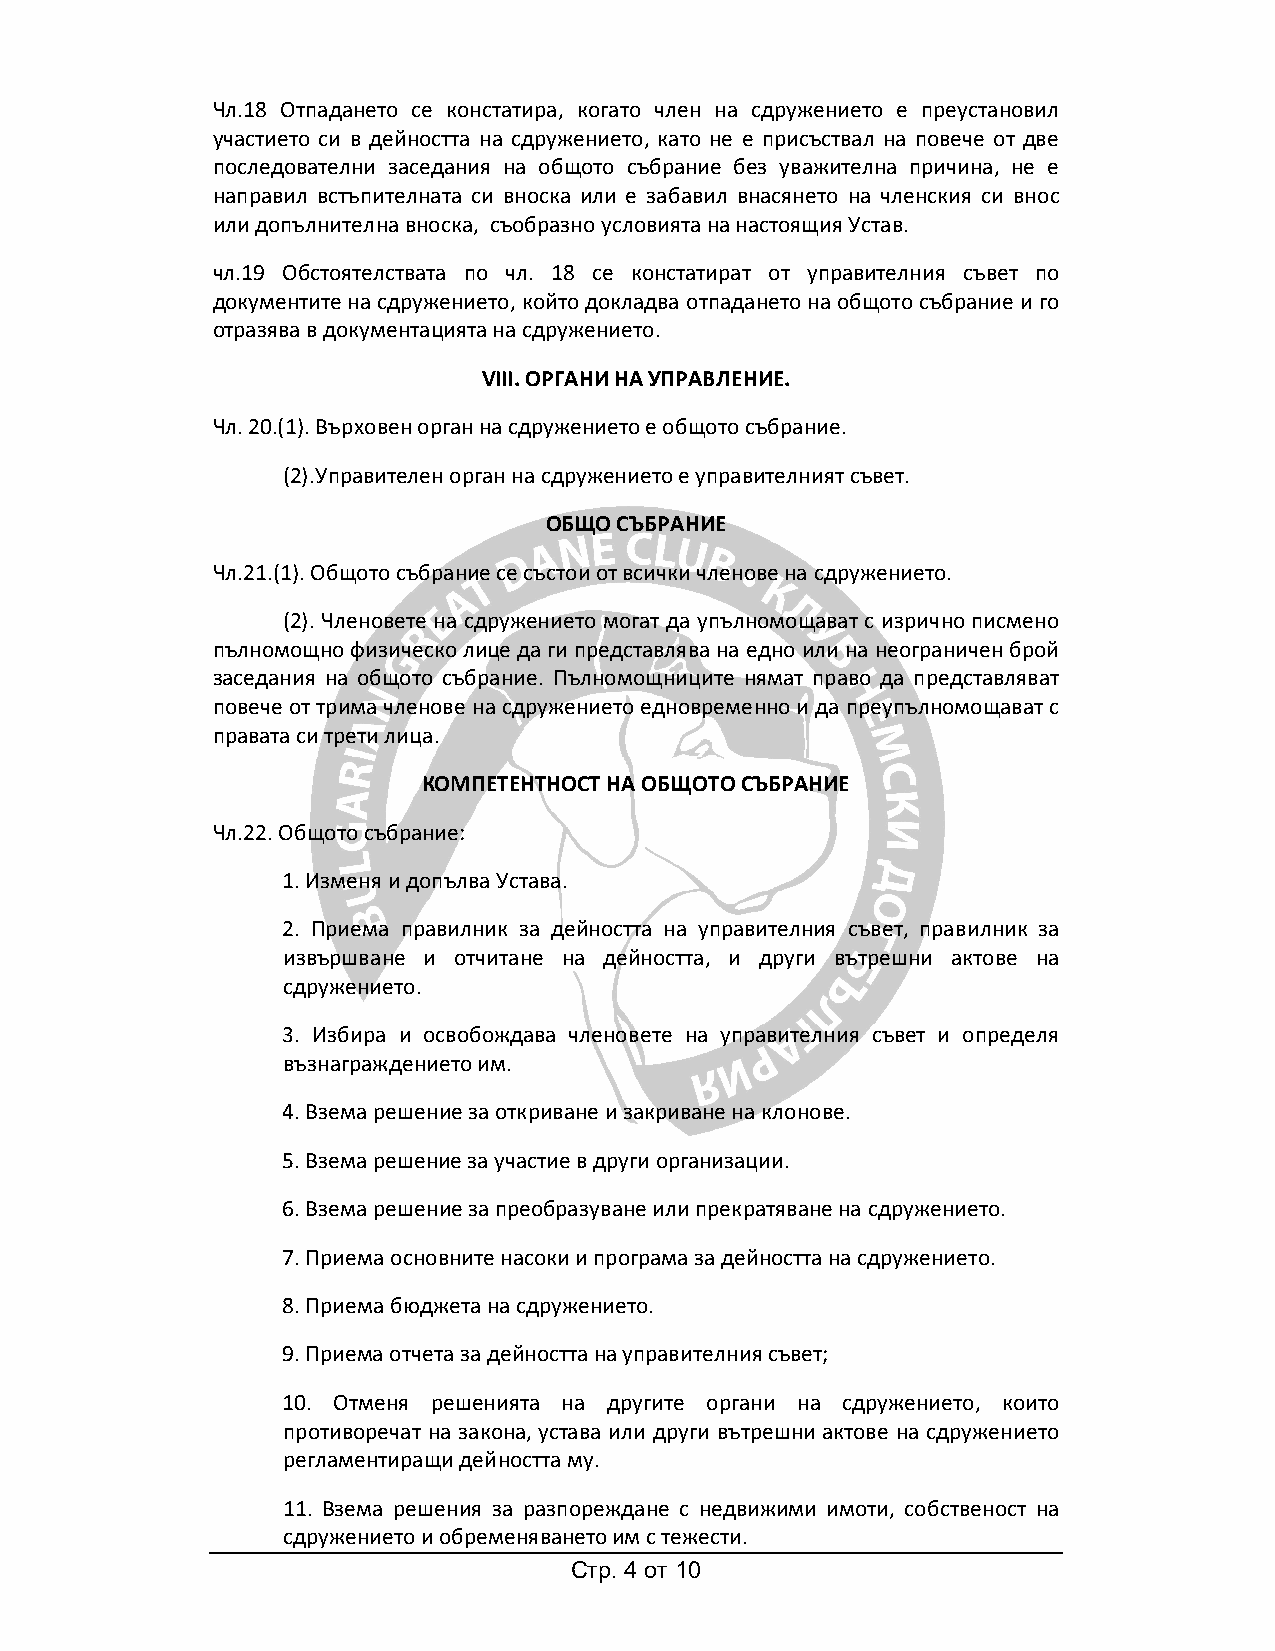
Чл.18 Отпадането се констатира, когато член на сдружението е преустановил
 участието си в дейността на сдружението, като не е присъствал на повече от две
 последователни заседания на общото събрание без уважителна причина, не е
 направил встъпителната си вноска или е забавил внасянето на членския си внос
 или допълнителна вноска, съобразно условията на настоящия Устав.
 чл.19 Обстоятелствата по чл. 18 се констатират от управителния съвет по
 документите на сдружението, който докладва отпадането на общото събрание и го
 отразява в документацията на сдружението.
 VIII. ОРГАНИ НА УПРАВЛЕНИЕ.
 Чл. 20.(1). Върховен орган на сдружението е общото събрание.
 (2).Управителен орган на сдружението е управителният съвет.
 ОБЩО СЪБРАНИЕ
 Чл.21.(1). Общото събрание се състои от всички членове на сдружението.
 (2). Членовете на сдружението могат да упълномощават с изрично писмено
 пълномощно физическо лице да ги представлява на едно или на неограничен брой
 заседания на общото събрание. Пълномощниците нямат право да представляват
 повече от трима членове на сдружението едновременно и да преупълномощават с
 правата си трети лица.
 КОМПЕТЕНТНОСТ НА ОБЩОТО СЪБРАНИЕ
 Чл.22. Общото събрание:
 1. Изменя и допълва Устава.
 2. Приема правилник за дейността на управителния съвет, правилник за
 извършване и отчитане на дейността, и други вътрешни актове на
 сдружението.
 3. Избира и освобождава членовете на управителния съвет и определя
 възнаграждението им.
 4. Взема решение за откриване и закриване на клонове.
 5. Взема решение за участие в други организации.
 6. Взема решение за преобразуване или прекратяване на сдружението.
 7. Приема основните насоки и програма за дейността на сдружението.
 8. Приема бюджета на сдружението.
 9. Приема отчета за дейността на управителния съвет;
 10. Отменя решенията на другите органи на сдружението, които
 противоречат на закона, устава или други вътрешни актове на сдружението
 регламентиращи дейността му.
 11. Взема решения за разпореждане с недвижими имоти, собственост на
 сдружението и обременяването им с тежести.
 Стр. 4 от 10